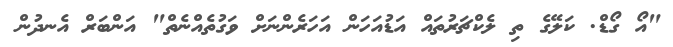
"އޯ ގޯޑް. ކަލޭގެ ތި ލެކްޗަރުތައް އަޑުއަހަން އަހަރެންނަށް ވަގުތެއްނެތް" އަންބަރް އެނދުން